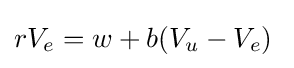
rV_{e}=w+b(V_{u}-V_{e})\;